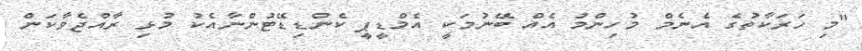
"މި ހަރަކާތުގެ އެނެމް މުހިންމު އެއް ބޭނުމަކީ އެމްޑީޕީ ކެންޑިޑޭޓުންނާއެކު މުޅި ރާއްޖެވާކަން